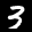
Label: 3